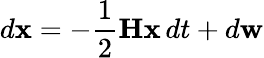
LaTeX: d\mathbf{x}=-\frac{1}{2}\mathbf{H}\mathbf{x}\, dt+d\mathbf{w}